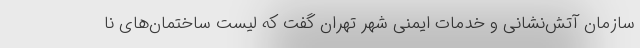
سازمان آتش‌نشانی و خدمات ایمنی شهر تهران گفت که لیست ساختمان‌های نا